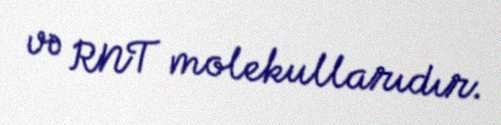
və RNT molekullarıdır.